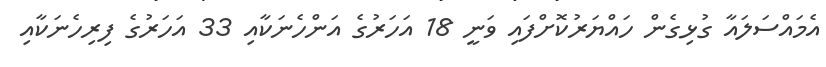
އެމައްސަލައާ ގުޅިގެން ހައްޔަރުކޮށްފައި ވަނީ 18 އަހަރުގެ އަންހެނަކާއި 33 އަހަރުގެ ފިރިހެނަކާއި